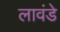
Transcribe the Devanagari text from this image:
लावंडे